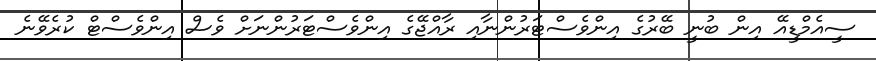
ސީއެމްޑީއޭ އިން ބުނީ ބޭރުގެ އިންވެސްޓަރުންނާއި ރާއްޖޭގެ އިންވެސްޓަރުންނަށް ވެސް އިންވެސްޓް ކުރެވޭނެ